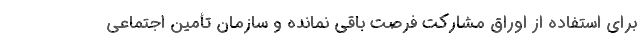
برای استفاده از اوراق مشارکت فرصت باقی نمانده و سازمان تأمین اجتماعی